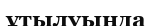
ұтылуында